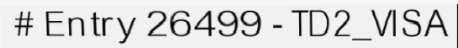
# Entry 26499 - TD2_VISA